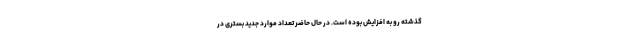
گذشته رو به افزایش بوده است. در حال حاضر تعداد موارد جدید بستری در